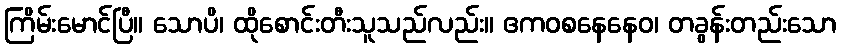
ကြိမ်းမောင်ပြီ။ သောပိ၊ ထိုစောင်းတီးသူသည်လည်း။ ဧကဝစနေနေဝ၊ တခွန်းတည်းသော